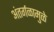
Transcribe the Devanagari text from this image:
अंतर्गळामुळे